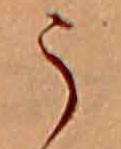
う